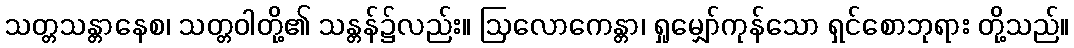
သတ္တသန္တာနေစ၊ သတ္တဝါတို့၏ သန္တန်၌လည်း။ ဩလောကေန္တာ၊ ရှုမျှော်ကုန်သော ရှင်စောဘုရား တို့သည်။